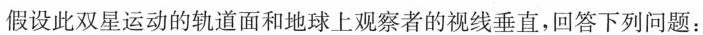
假设此双星运动的轨道面和地球上观察者的视线垂直，回答下列问题：